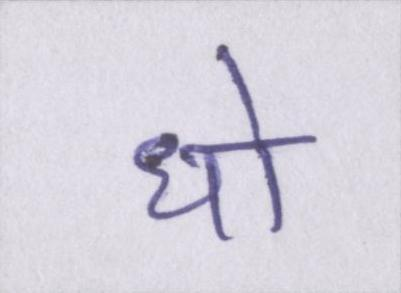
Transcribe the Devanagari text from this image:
धो